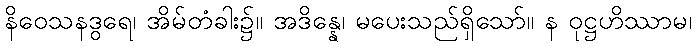
နိဝေသနဒွရေ၊ အိမ်တံခါး၌။ အဒိန္နေ၊ မပေးသည်ရှိသော်။ န ဝုဋ္ဌဟိဿာမ၊